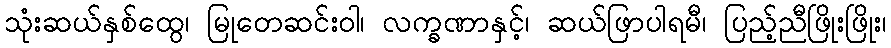
သုံးဆယ်နှစ်ထွေ၊ မြုတေဆင်းဝါ၊ လက္ခဏာနှင့်၊ ဆယ်ဖြာပါရမီ၊ ပြည့်ညီဖြိုးဖြိုး၊